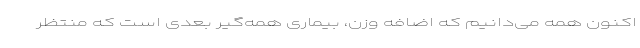
اکنون همه می‌دانیم که اضافه وزن، بیماری همه‌گیر بعدی است که منتظر